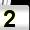
Digit: 2